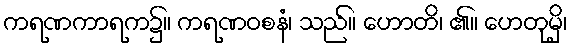
ကရဏကာရက၌။ ကရဏဝစနံ၊ သည်။ ဟောတိ၊ ၏။ ဟေတုမှိ၊